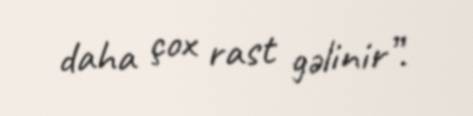
daha çox rast gəlinir”.